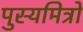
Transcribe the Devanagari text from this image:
पुस्यमित्रो